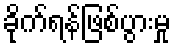
ခိုက်ရန်ဖြစ်ပွားမှု